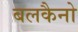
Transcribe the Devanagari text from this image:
बलकैनो